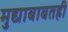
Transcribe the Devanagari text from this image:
मुद्याबाबतही